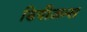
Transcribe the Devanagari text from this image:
डिवीज़न्स